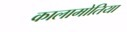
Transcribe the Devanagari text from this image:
कालामोतिया